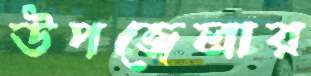
উপজেলার